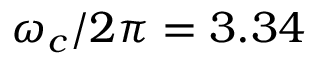
\omega _ { c } / 2 \pi = 3 . 3 4